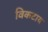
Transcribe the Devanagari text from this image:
विकटाय